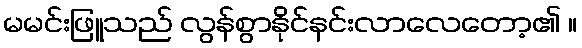
မမင်းဖြူသည် လွန်စွာနိုင်နင်းလာလေတော့၏ ။